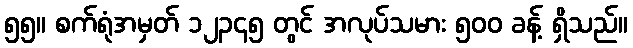
၅၅။ စက်ရုံအမှတ် ၁၂၃၄၅ တွင် အလုပ်သမား ၅၀၀ ခန့် ရှိသည်။